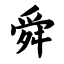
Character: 舜